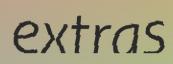
extras